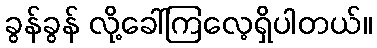
ခွန်ခွန် လို့ခေါ်ကြလေ့ရှိပါတယ်။